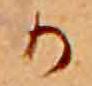
か